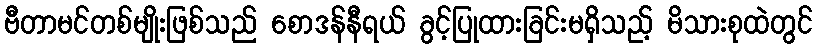
ဗီတာမင်တစ်မျိုးဖြစ်သည် စောဒန်နီရယ် ခွင့်ပြုထားခြင်းမရှိသည့် မိသားစုထဲတွင်